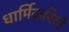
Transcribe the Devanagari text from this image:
धार्मिकविधी